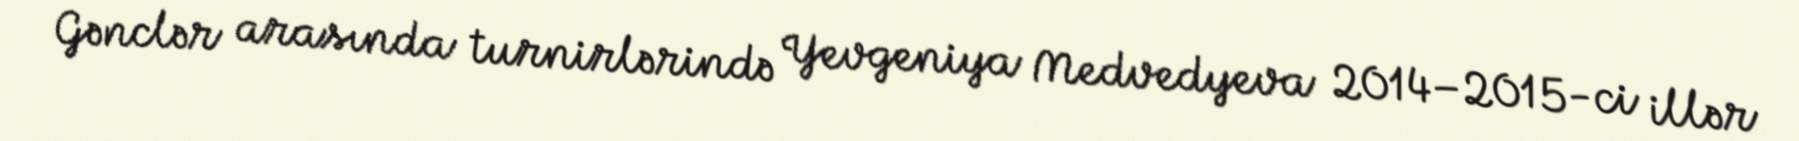
Gənclər arasında turnirlərində Yevgeniya Medvedyeva 2014–2015-ci illər